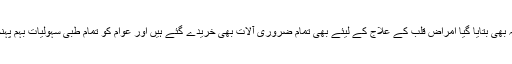
وزیر اعلی کو یہ بھی بتایا گیا امراض قلب کے علاج کے لیئے بھی تمام ضروری آلات بھی خریدے گئے ہیں اور عوام کو تمام طبی سہولیات بہم پہنچائی جارہی ہیں۔